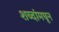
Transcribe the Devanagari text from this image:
शब्दांमधून